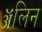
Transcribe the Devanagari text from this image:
ॲलिन